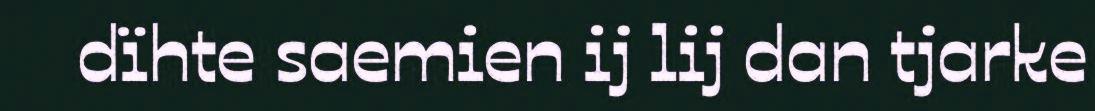
dïhte saemien ij lij dan tjarke